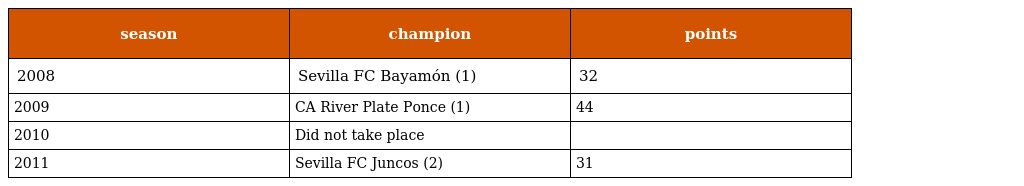
| season | champion | points |
 | --- | --- | --- |
 | 2008 | Sevilla FC Bayamón (1) | 32 |
 | 2009 | CA River Plate Ponce (1) | 44 |
 | 2010 | Did not take place |  |
 | 2011 | Sevilla FC Juncos (2) | 31 |